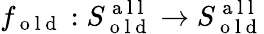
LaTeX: f_{\mathrm{~o~l~d~}}:S_{\mathrm{~o~l~d~}}^{\mathrm{~a~l~l~}}\to S_{\mathrm{~o~l~d~}}^{\mathrm{~a~l~l~}}